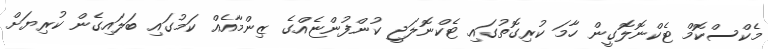
މެކްސްކޮމް ޓެކްނޮލޮގީން ހާމަ ކުރިގޮތުގައި ޓެކްނޮލަޖީ ކުންފުންޏެއްގެ ޒިންމާއެއް ކަމުގައި ބަލައިގެން ކުރިޔަށް